Note on the mental hospitals in Burma - 1925-1940
Year: 1925
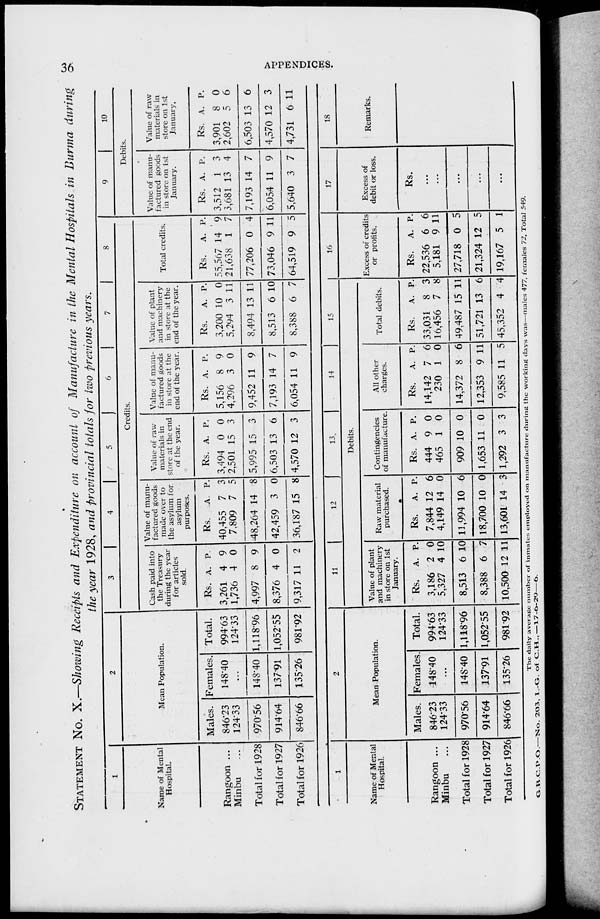
36
APPENDICES.
STATEMENT No. X.—Showing Receipts and Expenditure on account of Manufacture in the Mental Hospitals in Burma during
the year 1928, and provincial totals for two previous years.
1
Name of Mental
Hospital.
Rangoon ...
Minbu ...
Total for 1928
Total for 1927
Total for 1926
2
Mean Population.
Males.
846.23
12433
970.56
914.64
84666
Females.
148.40
...
148.40
137.91
13526
Total.
994.63
124.33
1,118.96
1,052.55
981*92
3
4
5
6
7
8
Credits.
Cash paid into
the Treasury
during the year
for articles
sold.
Rs.
3,261
1,736
4,997
8,376
9,317
A.
4
4
8
4
11
P.
9
0
9
0
2
Value of manu-
factured goods
made over to
the asylum for
asylum
purposes.
Rs.
40,455
7,809
48,264
42,459
36,187
A.
7
7
14
3
15
P.
3
5
8
0
8
Value of raw
materials in
store at the end
of the year.
Rs.
3,494
2,501
5,995
6,503
4,570
A.
0
15
15
13
12
P.
0
3
3
6
3
Value of manu-
factured goods
in store at the
end of the year.
Rs.
5,156
4,296
9,452
7,193
6,054
A.
8
3
11
14
11
P.
9
0
9
7
9
Value of plant
and machinery
in store at the
end of the year.
Rs.
3,200
5,294
8,494
8,513
8,388
A.
10
3
13
6
6
P.
0
11
11
10
7
Total credits.
Rs.
55,567
21,638
77,206
73,046
64,519
A.
14
1
0
9
9
P.
9
7
4
11
5
9
10
Debits.
Value of manu-
factured goods
in store on 1st
January.
Rs.
3,512
3,681
7,193
6,054
5,640
A.
1
13
14
11
3
P.
3
4
7
9
7
Value of raw
materials in
store on 1st
January,
Rs.
3,901
2,602
6,503
4,570
4,731
A.
8
5
13
12
6
P.
0
6
6
3
11
1
Name of Mental
Hospital.
Rangoon ...
Minbu ...
Total for 1928
Total for 1927
Total for 1926
2
Mean Population.
Males.
846.23
124.33
970.56
914.64
846.66
Females.
148.40
...
148.40
137.91
135.26
Total.
994.63
124.33
1,118.96
1,052.55
981.92
11
12
13.
14
15
Debits.
Value of plant
and machinery
in store on 1st
January.
Rs.
3,186
5,327
8,513
8,388
10,500
A.
2
4
6
6
12
P.
0
10
10
7
11
Raw material
purchased.
Rs.
7,844
4,149
11,994
18,700
13,601
A.
12
14
10
10
14
P.
6
0
6
0
3
Contingencies
of manufacture.
Rs.
444
465
909
1,653
1,292
A.
9
1
10
11
3
P.
0
0
0
0
3
All other
charges.
Rs.
14,142
230
14,372
12,353
9,585
A.
7
1
8
9
11
P.
6
0
6
11
5
Total debits.
Rs.
33,031
16,456
49,487
51,721
45,352
A.
8
7
15
13
4
P.
3
8
11
6
4
16
Excess of credits
or profits.
Rs.
22,536
5,181
27,718
21,324
19,167
A.
6
9
0
12
5
P.
6
11
5
5
1
17
Excess of
debit or loss.
Rs.
...
...
...
...
18
Remarks.
The daily average number of inmates employed on manufacture during the working days was—males 477, females 72. Total 549.
G.B.O.P.O.—No. 203, I.-G. of C.H.,—17-6-29—6.